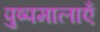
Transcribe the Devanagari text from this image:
पुष्पमालाएँ